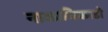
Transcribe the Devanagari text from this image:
नाकामिकाडो